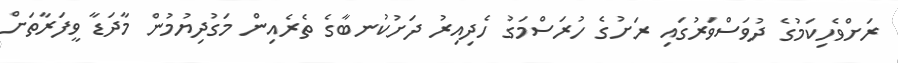
ރަށްވެހިކަމުގެ ދުވަސްވަރުގައި ރަށުގެ ހުރަސްމަގު ހެދިއިރު ދަށުކުނބާގެ ތެރެއިން މަގުދިޔުމުން މާދަޑާ ވީފަރާތަށް